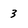
Character: 3